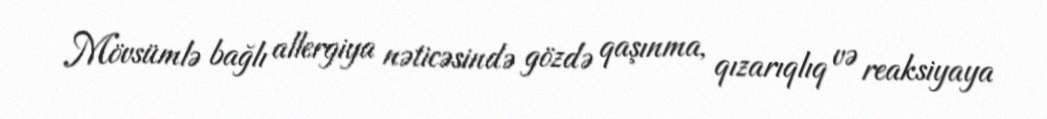
Mövsümlə bağlı allergiya nəticəsində gözdə qaşınma, qızarıqlıq və reaksiyaya